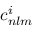
c _ { n l m } ^ { i }